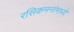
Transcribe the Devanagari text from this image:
रसिकमनांमध्ये